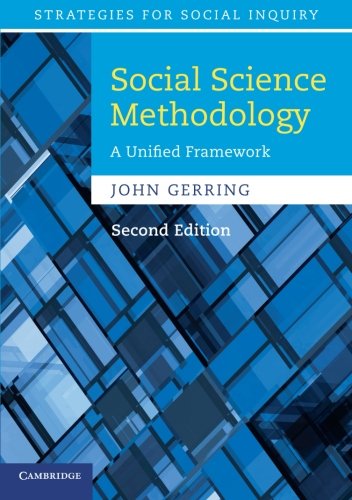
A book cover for Social Science Methodology: A Unified Framework (Strategies for Social Inquiry); John Gerring; Politics & Social Sciences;